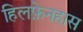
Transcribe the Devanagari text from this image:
हिलफ़ेनहास